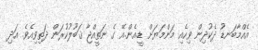
އެއްމާބަނޑު ދެކުދިން ވިހެއި މަންމަޔަށް ޑީ.އެން.އޭ ގެ ނަތީއްޖާ ޤަބޫލުކުރަން ދަތިވިއެވެ. އަދި